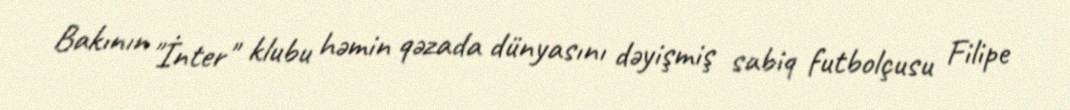
Bakının "İnter" klubu həmin qəzada dünyasını dəyişmiş sabiq futbolçusu Filipe